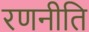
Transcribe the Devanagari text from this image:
रणनीति